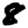
Digit: 8